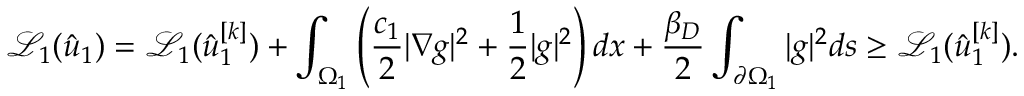
\mathcal { L } _ { 1 } ( \hat { u } _ { 1 } ) = \mathcal { L } _ { 1 } ( \hat { u } _ { 1 } ^ { [ k ] } ) + \int _ { \Omega _ { 1 } } \left( \frac { c _ { 1 } } { 2 } | \nabla g | ^ { 2 } + \frac 1 2 | g | ^ { 2 } \right) d x + \frac { \beta _ { D } } { 2 } \int _ { \partial \Omega _ { 1 } } | g | ^ { 2 } d s \geq \mathcal { L } _ { 1 } ( \hat { u } _ { 1 } ^ { [ k ] } ) .